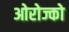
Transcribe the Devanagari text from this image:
ओरोज्को